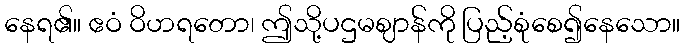
နေရ၏။ ဧဝံ ဝိဟရတော၊ ဤသို့ပဌမဈာန်ကို ပြည့်စုံစေ၍နေသော။